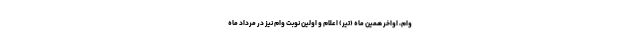
وام، اواخر همین ماه (تیر) اعلام و اولین نوبت وام نیز در مرداد ماه